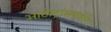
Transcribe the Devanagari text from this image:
आटोट्रांसफॉर्मर